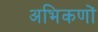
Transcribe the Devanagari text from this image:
अभिकणों